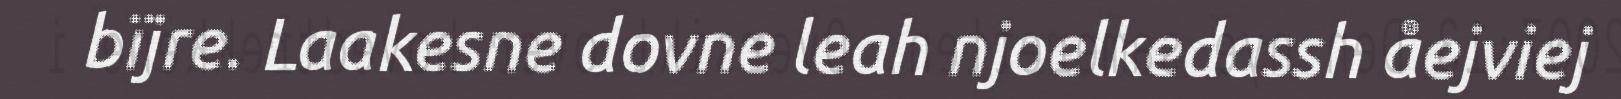
bïjre. Laakesne dovne leah njoelkedassh åejviej